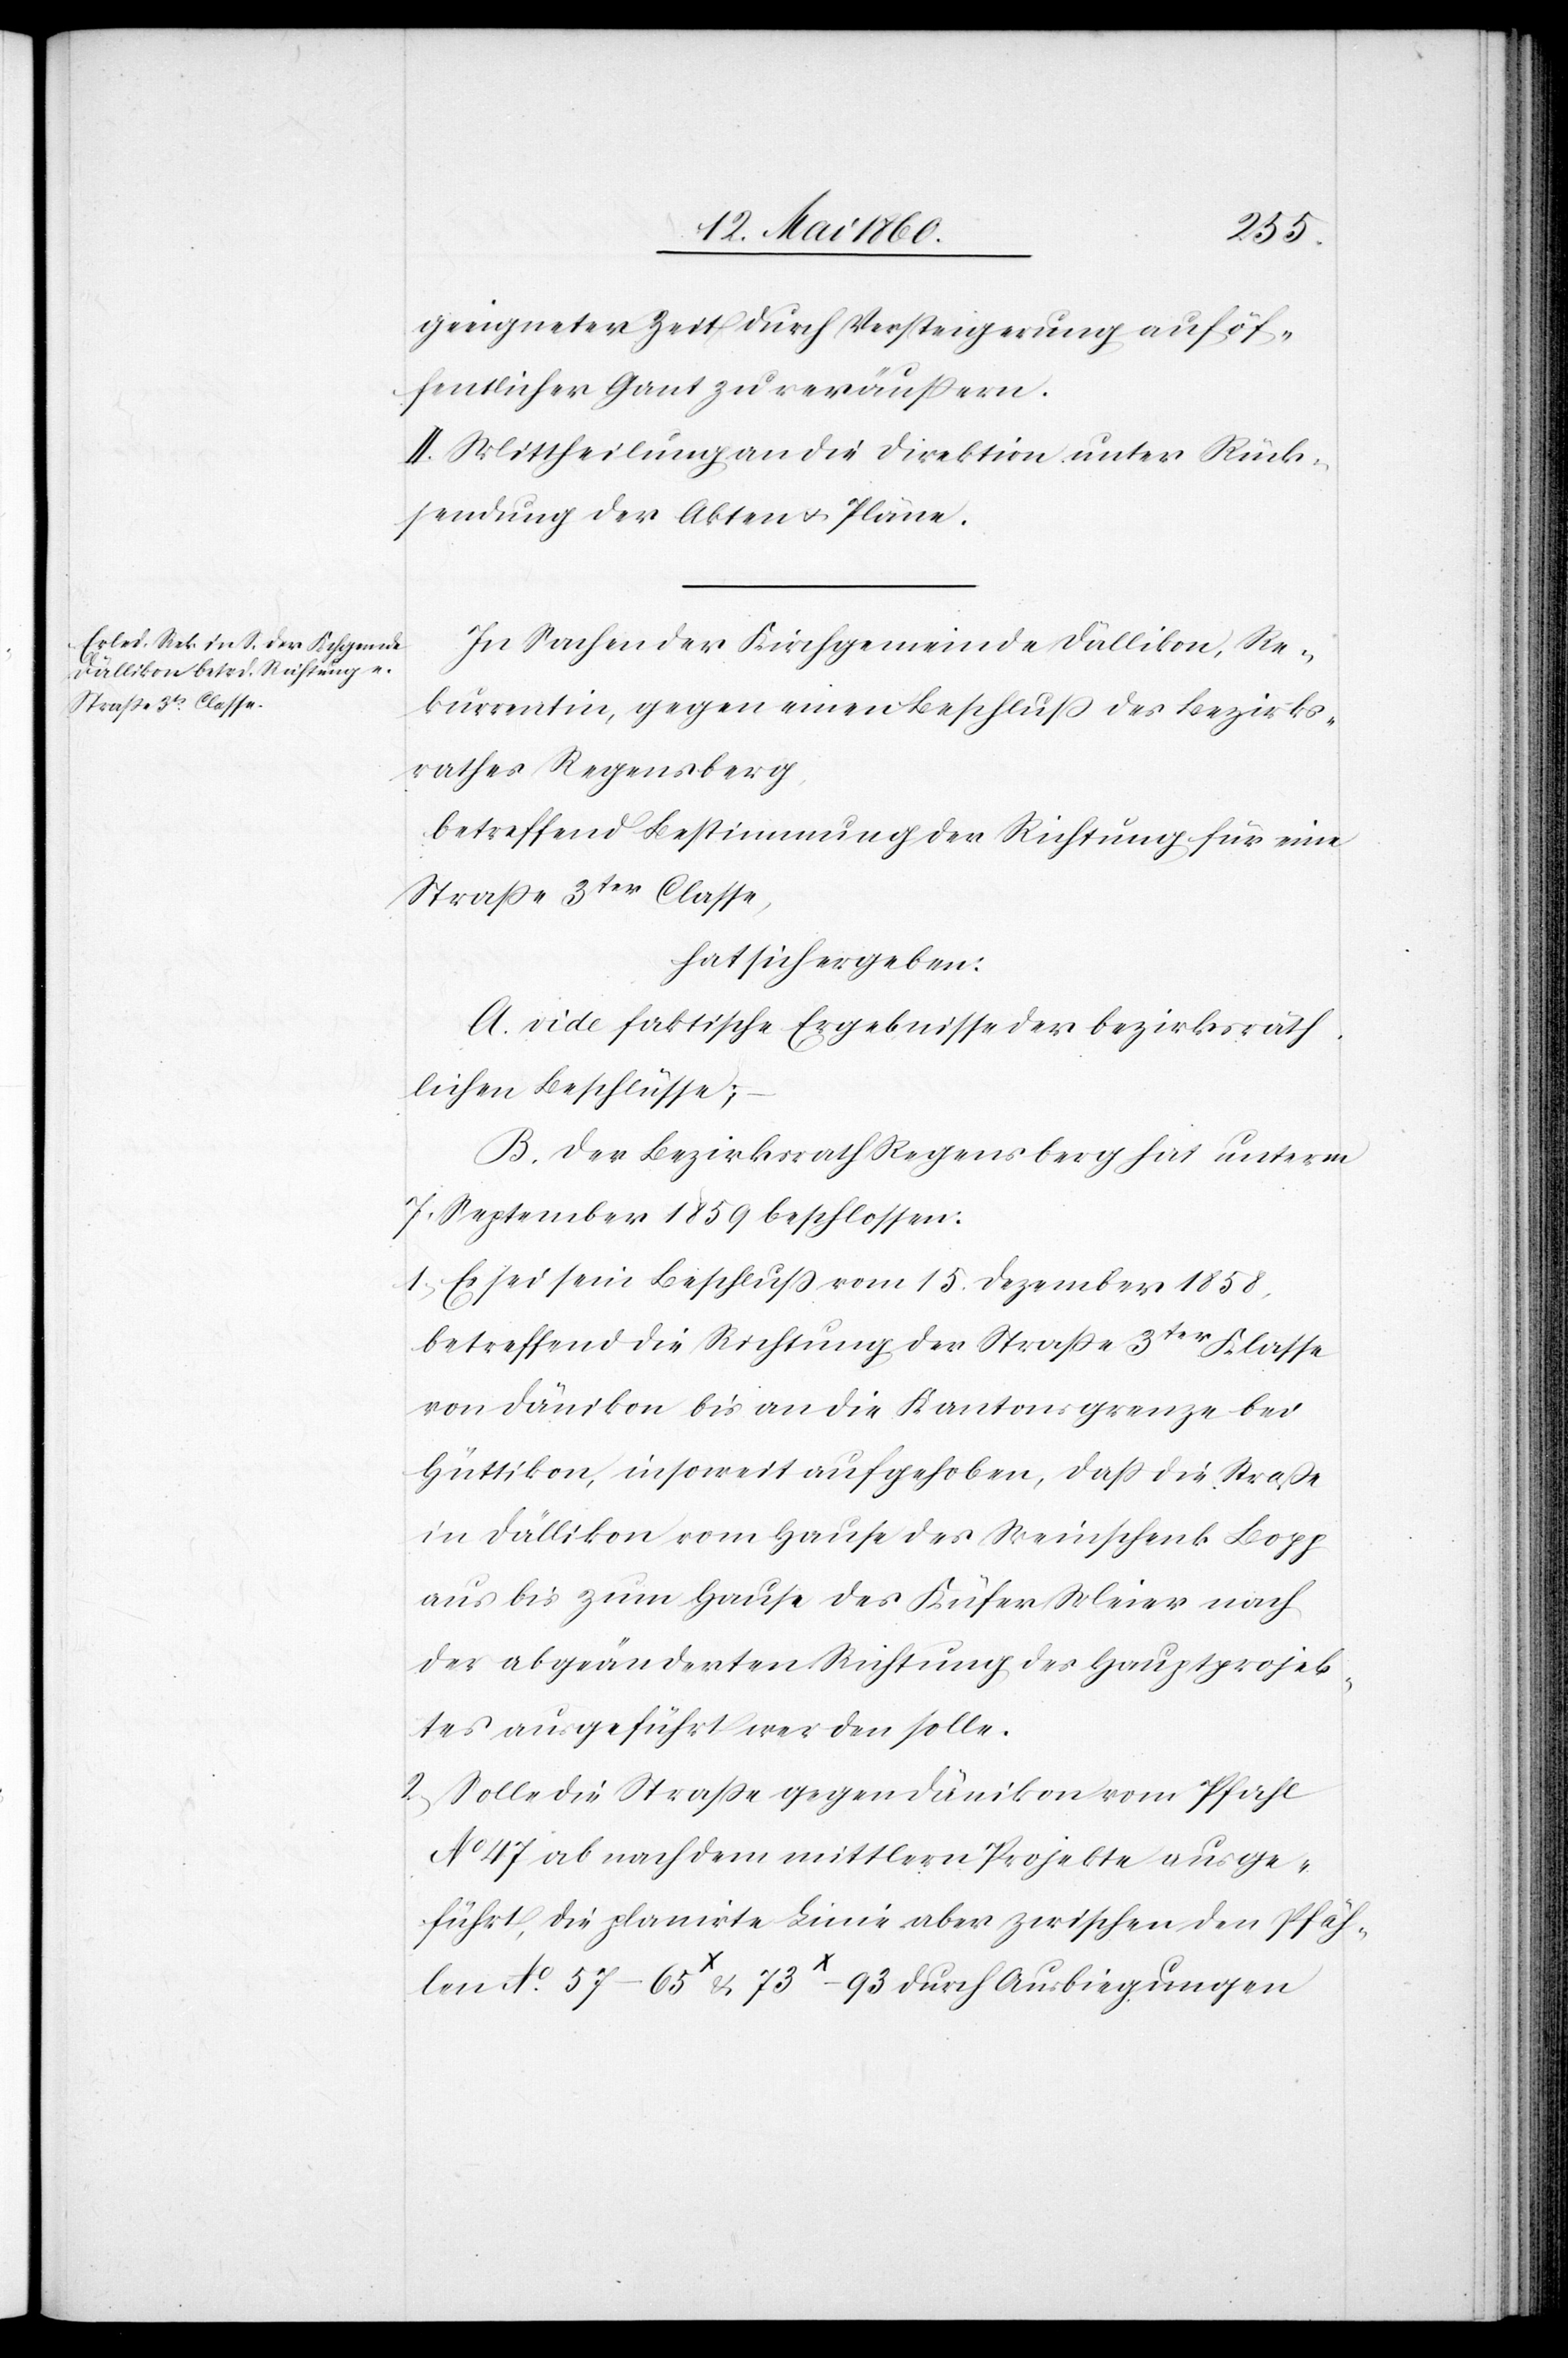
Rück¬
geeigneter Zeit durch Versteigerung auf öf¬
fentlicher Gant zu veräussern.
II. Mittheilung an die Direktion der öffent¬
sendung der Akten u. Pläne.